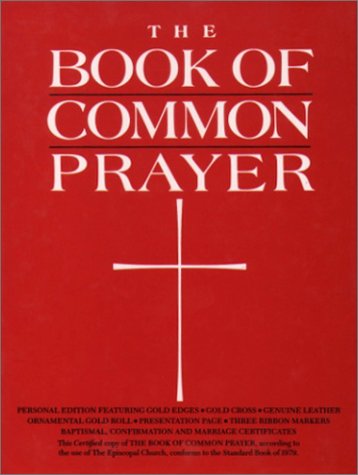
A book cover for The 1979 Book of Common Prayer, Personal Edition; Oxford University Press; Christian Books & Bibles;